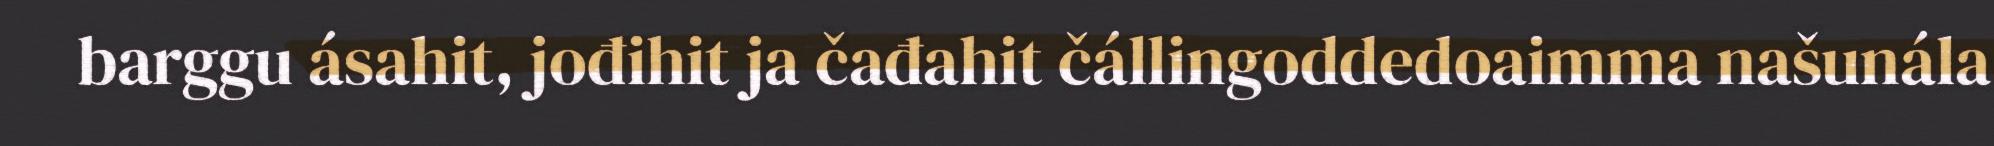
barggu ásahit, jođihit ja čađahit čállingoddedoaimma našunála